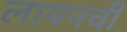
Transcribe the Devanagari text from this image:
लायनची